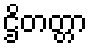
ဌိတတ္တာ